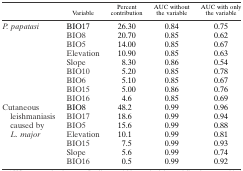
<table><thead><tr><td></td><td><b>Variable</b></td><td><b>Percent contribution</b></td><td><b>AUC without the variable</b></td><td><b>AUC with only the variable</b></td></tr></thead><tbody><tr><td rowspan="9"><i>P. papatasi</i></td><td>BIO17</td><td>26.30</td><td>0.84</td><td>0.75</td></tr><tr><td>BIO8</td><td>20.70</td><td>0.85</td><td>0.62</td></tr><tr><td>BIO5</td><td>14.00</td><td>0.85</td><td>0.67</td></tr><tr><td>Elevation</td><td>10.90</td><td>0.85</td><td>0.63</td></tr><tr><td>Slope</td><td>8.30</td><td>0.86</td><td>0.54</td></tr><tr><td>BIO10</td><td>5.20</td><td>0.85</td><td>0.78</td></tr><tr><td>BIO6</td><td>5.10</td><td>0.85</td><td>0.67</td></tr><tr><td>BIO15</td><td>5.00</td><td>0.86</td><td>0.76</td></tr><tr><td>BIO16</td><td>4.6</td><td>0.85</td><td>0.69</td></tr><tr><td rowspan="7">Cutaneous leishmaniasis caused by <i>L. major</i></td><td>BIO8</td><td>48.2</td><td>0.99</td><td>0.96</td></tr><tr><td>BIO17</td><td>18.6</td><td>0.99</td><td>0.94</td></tr><tr><td>BIO5</td><td>15.6</td><td>0.99</td><td>0.88</td></tr><tr><td>Elevation</td><td>10.1</td><td>0.99</td><td>0.81</td></tr><tr><td>BIO15</td><td>7.5</td><td>0.99</td><td>0.93</td></tr><tr><td>Slope</td><td>5.6</td><td>0.99</td><td>0.74</td></tr><tr><td>BIO16</td><td>0.5</td><td>0.99</td><td>0.92</td></tr></tbody></table>